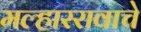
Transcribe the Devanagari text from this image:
मल्हाररावाचे